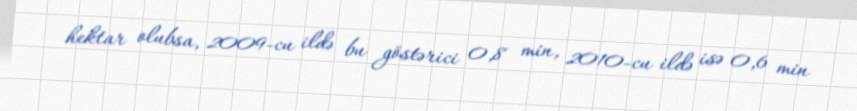
hektar olubsa, 2009-cu ildə bu göstərici 0,8 min, 2010-cu ildə isə 0,6 min